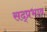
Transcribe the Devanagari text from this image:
सद्प्रभाव